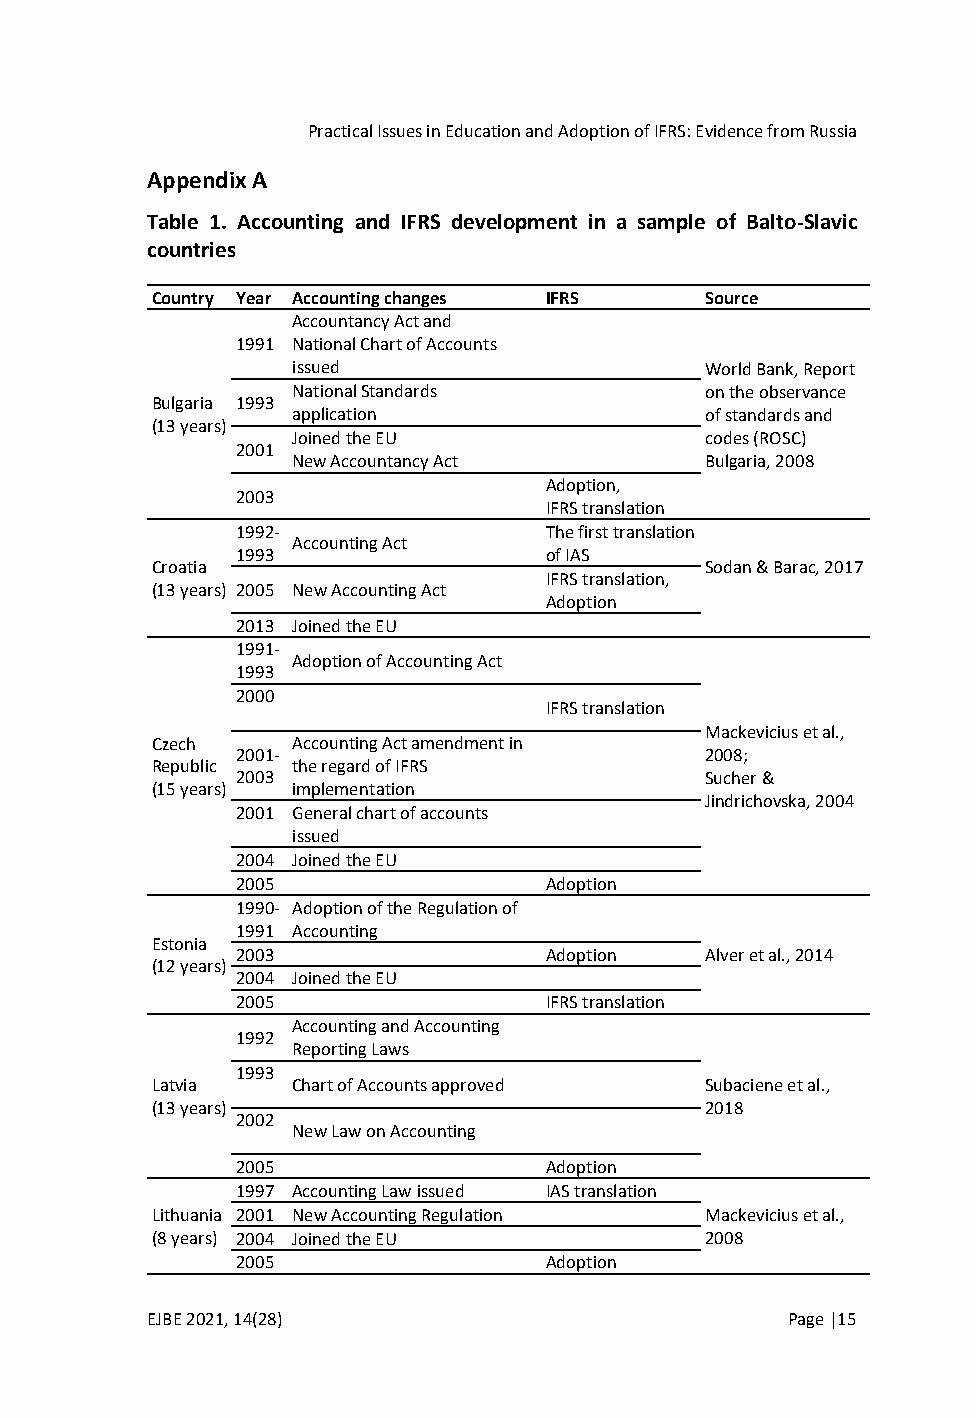
Practical Issues in Education and Adoption of IFRS: Evidence from Russia
 Appendix A
 Table 1. Accounting and IFRS development in a sample of Balto-Slavic
 countries
 Country Year Accounting changes IFRS Source
 Accountancy Act and
 1991 National Chart of Accounts
 issued                      World Bank, Report
 National Standards          on the observance
 Bulgaria 1993
 application                 of standards and
 (13 years)
 Joined the EU               codes (ROSC)
 2001
 New Accountancy Act         Bulgaria, 2008
 Adoption,
 2003
 IFRS translation
 1992-               The first translation
 Accounting Act
 1993                of IAS
 Croatia                              Sodan & Barac, 2017
 IFRS translation,
 (13 years) 2005 New Accounting Act
 Adoption
 2013 Joined the EU
 1991-
 Adoption of Accounting Act
 1993
 2000
 IFRS translation
 Mackevicius et al.,
 Czech    Accounting Act amendment in
 2001-                          2008;
 Republic the regard of IFRS
 2003                           Sucher &
 (15 years) implementation
 Jindrichovska, 2004
 2001 General chart of accounts
 issued
 2004 Joined the EU
 2005                Adoption
 1990- Adoption of the Regulation of
 1991 Accounting
 Estonia
 2003                Adoption   Alver et al., 2014
 (12 years)
 2004 Joined the EU
 2005                IFRS translation
 Accounting and Accounting
 1992
 Reporting Laws
 1993
 Latvia   Chart of Accounts approved  Subaciene et al.,
 (13 years)                           2018
 2002
 New Law on Accounting
 2005                Adoption
 1997 Accounting Law issued IAS translation
 Lithuania 2001 New Accounting Regulation Mackevicius et al.,
 (8 years) 2004 Joined the EU         2008
 2005                Adoption
 EJBE 2021, 14(28)                         Page |15